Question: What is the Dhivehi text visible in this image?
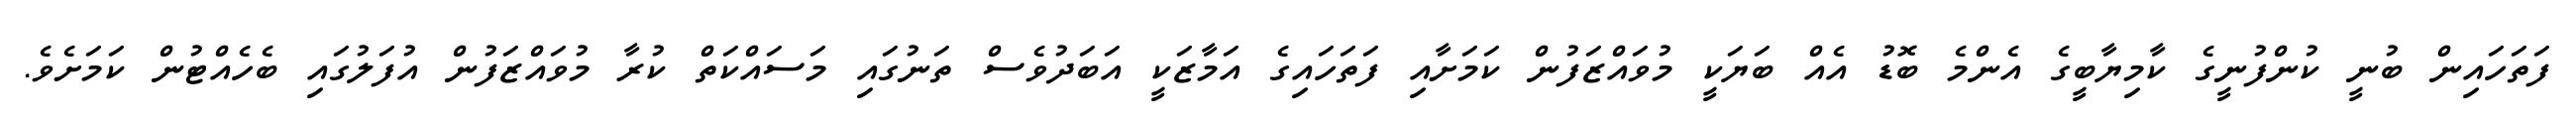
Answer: ފަތަހައިން ބުނީ ކުންފުނީގެ ކާމިޔާބީގެ އެންމެ ބޮޑު އެއް ބަޔަކީ މުވައްޒަފުން ކަމަށާއި ފަތަހައިގެ އަމާޒަކީ އަބަދުވެސް ތަނުގައި މަސައްކަތް ކުރާ މުވައްޒަފުން އުފަލުގައި ބެހެއްޓުން ކަމަށެވެ.